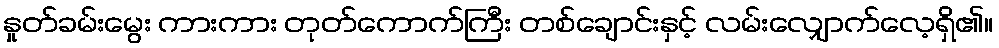
နှုတ်ခမ်းမွေး ကားကား တုတ်ကောက်ကြီး တစ်ချောင်းနှင့် လမ်းလျှောက်လေ့ရှိ၏။